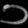
Digit: ၁